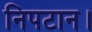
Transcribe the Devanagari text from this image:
निपटान।